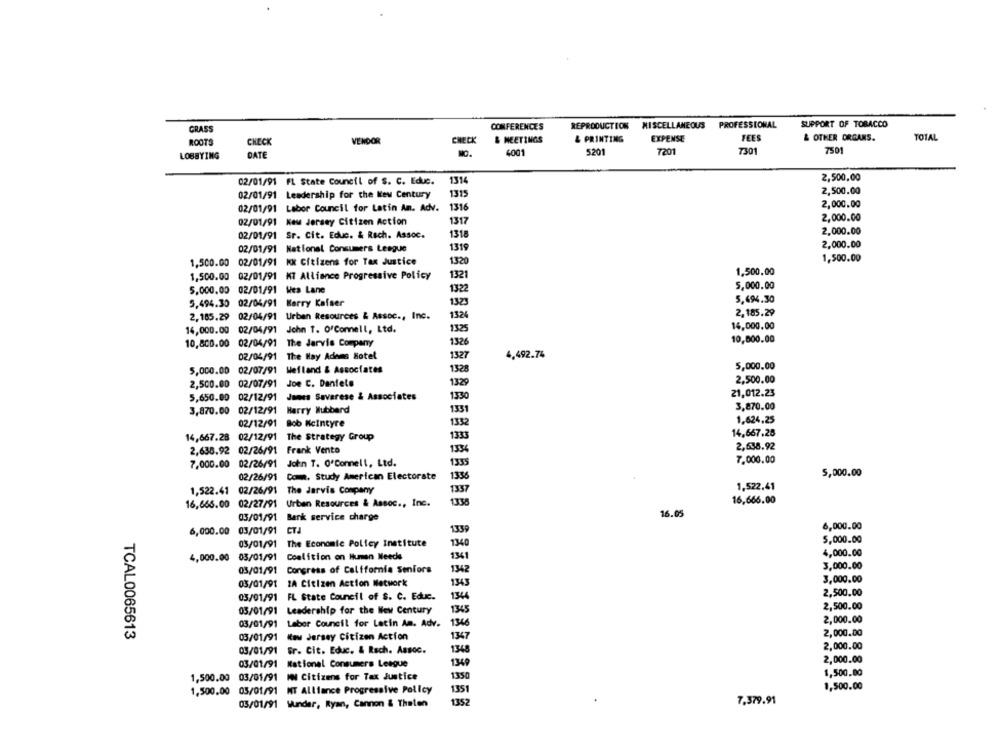
GRASS
CONFERENCES
REPRODUCTION MISCELLANEOUS PROFESSIONAL
SUPPORT OF TOBACCO
TOTAL
ROOTS
CHECK
VENDOR
CHECK
& MEETINGS
& PRINTING
EXPENSE
TEES
& OTHER ORGANS.
7201
7301
7501
LOBBYING
DATE
4001
5201
02/01/91 FL State Council of S. C. Educ.
1314
2,500,00
02/01/91 Leadership for the New Century
1315
2,500.00
2,000.00
02/01/91 Labor Council for Latin An. Adv.
1316
1317
2,000.00
02/01/91 New Jersey Citizen Action
1318
2,000.00
02/01/91 Sr. Cit. Educ. & Rsch. Assoc.
02/01/91
National Consumers League
1319
2,000.00
1,500.00 02/01/91
KK Citizens for Tax Justice
1320
1,500.00
1,500.00
1,500.00 02/01/91 MT Alliance Progressive Policy
1321
5,000.00
5,000,00 02/01/91 Wes Lane
1322
Kerry Kafser
5.494.30
5,494.30 02/04/91
1323
2,185.29 02/04/91 Urban Resources & Assoc ., Inc.
1324
2,185.29
14,000.00 02/04/91
John T. O'Connell, Ltd.
1325
14,000.00
10,800.00
10,800.00 02/04/91 The Jarvis Company
1326
02/04/91 The Hay Adams Hotel
1327
4,492.74
5,000.00 02/07/91 Wefland & Associates
1328
5,000.00
2,500.00 02/07/91
Joe C. Daniele
1329
2,500.00
21.012.23
5,650.00 02/12/91
James Savarese & Associates
1330
3,870.00
3,870.00 02/12/91 Harry Mubbard
1331
02/12/91
Bob Mcintyre
1332
1.624.25
14,667.28 02/12/91
The Strategy Group
1333
14,667.28
2,638.92
2,638.92 02/26/91
Frank Vento
1334
1335
7,000.00
7,000.00 02/26/91
John T. O'Connell, Ltd.
Comm. Study American Electorate
1336
5,000.00
02/26/91
1,522.41 02/26/91 The Jarvis Company
1337
1,522,41
16,665.00 02/27/91 Urban Resources & Assoc ., Inc.
1338
16,666.00
16.05
03/01/91
Bark service charge
6,000.00
6,000.00 03/01/91
CTJ
1339
03/01/91
The Economic Policy Institute
7340
5,000.00
4,000.00 03/01/91
Coalition on Human Needs
1341
4,000.00
3,000.00
03/01/91
Congress of California Seniors
1342
3,000.00
03/01/91 1A Citizen Action Network
1343
03/01/91 FL State Council of S. C. Educ.
1344
2,500.00
05/01/91 Leadership for the New Century
1345
2,500.00
2,000.00
03/01/91 Labor Council for Latin Am. Adv.
1346
TCAL0065613
2,000.00
03/01/91
Kau Jersey Citizen Action
1347
2,000.00
03/01/91
Fr. Cit. Educ. & Rsch. Assoc.
1348
03/01/91
National Consumers League
1349
2,000.00
1,500.00 03/01/91
IN Citizens for Tax Justice
1350
1,500.00
1,500.00
1,500.00 05/01/91 MT Alliance Progressive Policy
1351
1352
7,379.91
03/01/91 Wunder, Ryan, Cannon & Thelen